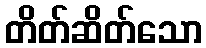
တိတ်ဆိတ်သော